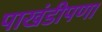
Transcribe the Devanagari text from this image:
पाखंडीपणा